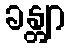
ခန္တျာ